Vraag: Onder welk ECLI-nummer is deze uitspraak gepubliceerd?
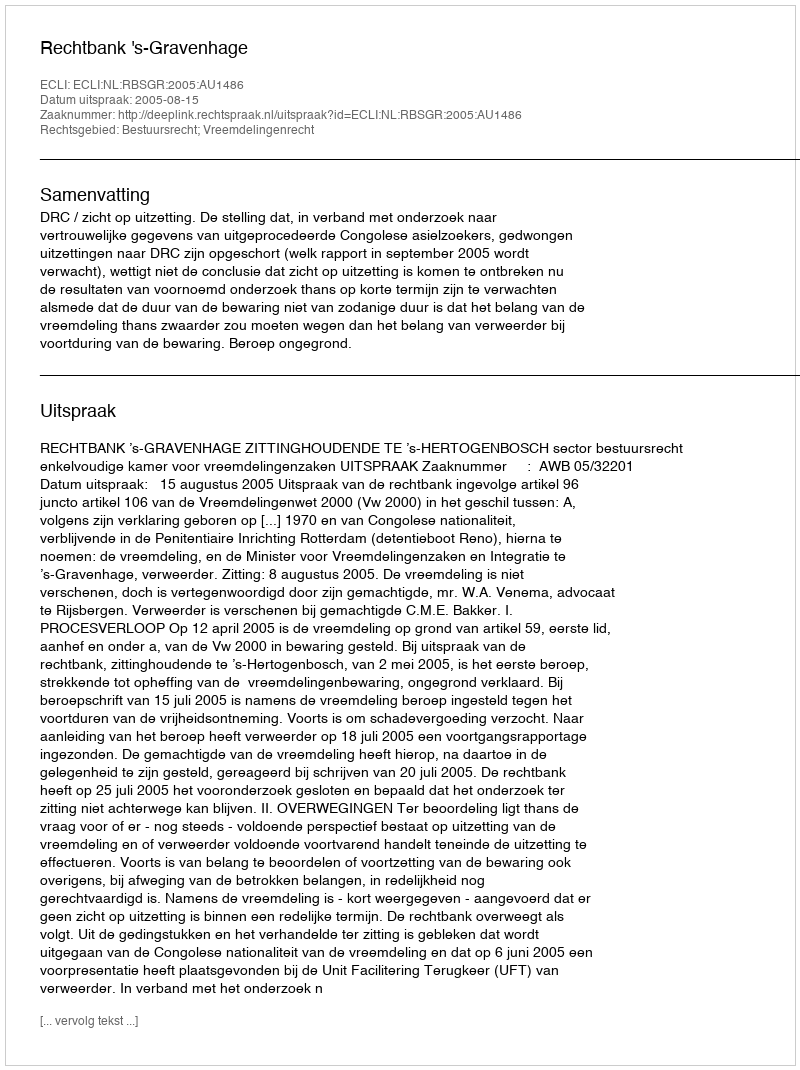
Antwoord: ECLI:NL:RBSGR:2005:AU1486